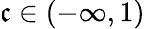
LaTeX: \mathfrak{c}\in(-\infty,1)